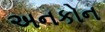
અનકોન